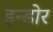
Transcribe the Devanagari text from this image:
इन्‍डोर